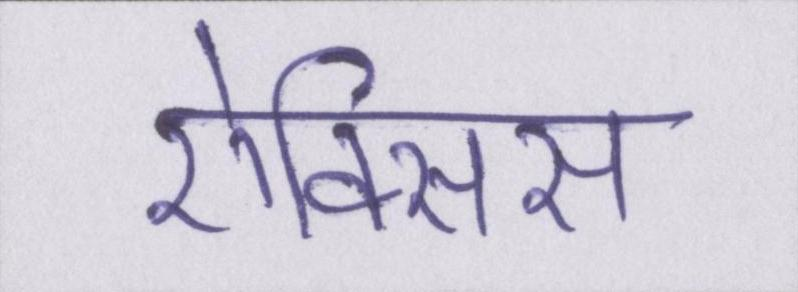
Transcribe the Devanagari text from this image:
ऐक्सिस